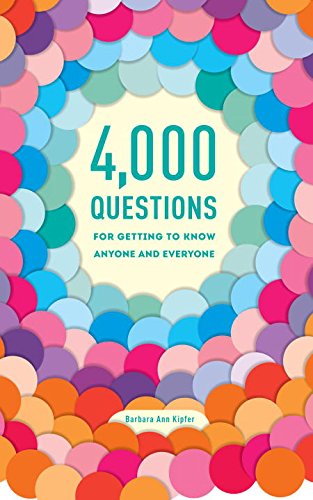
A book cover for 4,000 Questions for Getting to Know Anyone and Everyone, 2nd Edition; Barbara Ann Kipfer; Self-Help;